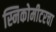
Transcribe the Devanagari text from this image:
स्निकोमीटरचा